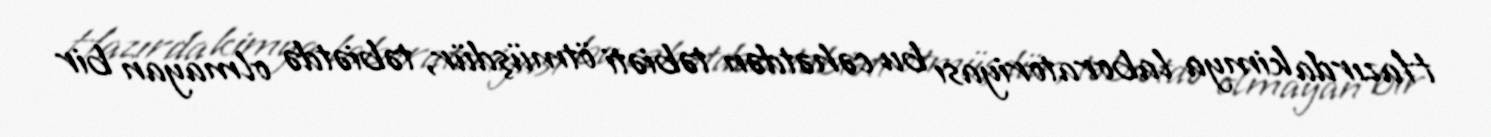
Hazırda kimya laboratoriyası bu cəhətdən təbiəti ötmüşdür, təbiətdə olmayan bir